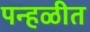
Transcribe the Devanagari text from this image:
पन्हळीत